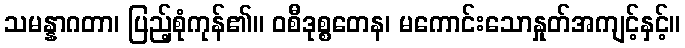
သမန္နာဂတာ၊ ပြည့်စုံကုန်၏။ ဝစီဒုစ္စတေန၊ မကောင်းသောနှုတ်အကျင့်နှင့်။